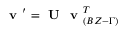
\textbf { v } ^ { \prime } = \textbf { U } \textbf { v } _ { ( B Z - \Gamma ) } ^ { T }